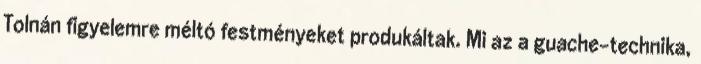
Tolnán figyelemre méltó festményeket produkáltak. Mi az a guache-technika,